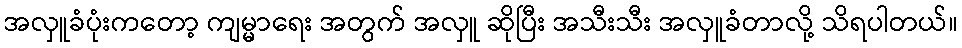
အလှူခံပုံးကတော့ ကျမ္မာရေး အတွက် အလှူ ဆိုပြီး အသီးသီး အလှူခံတာလို့ သိရပါတယ်။